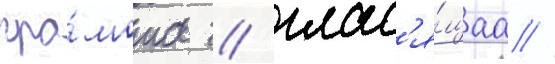
гра́мота / глас'я́щаа //